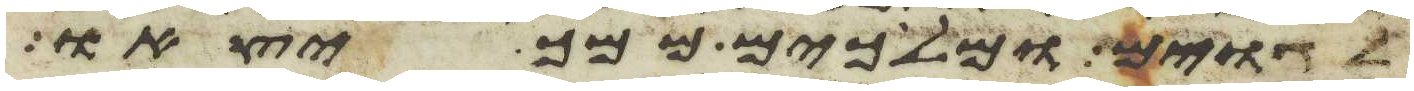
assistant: לגוים ומלכים ממך יצאו